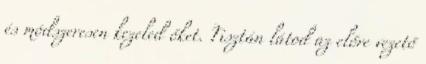
és módszeresen kezeled őket. Tisztán látod az előre vezető